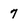
Character: 7